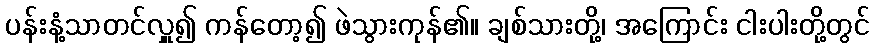
ပန်းနံ့သာတင်လှူ၍ ကန်တော့၍ ဖဲသွားကုန်၏။ ချစ်သားတို့၊ အကြောင်း ငါးပါးတို့တွင်